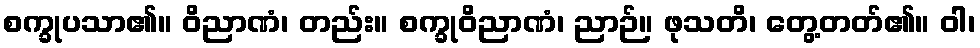
စက္ခုပသာ၏။ ဝိညာဏံ၊ တည်း။ စက္ခုဝိညာဏံ၊ ညာဉ်။ ဖုသတိ၊ တွေ့တတ်၏။ ဝါ၊